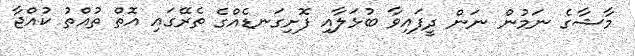
މާޝާގެ ނަމުން ނަން ދީފައިވާ ބުޅަލާއި ފޮށިގަނޑެއްގެ ތެރޭގައި އޮތް ތުއްތު ކުއްޖާ